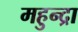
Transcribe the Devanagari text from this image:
महुन्द्रा